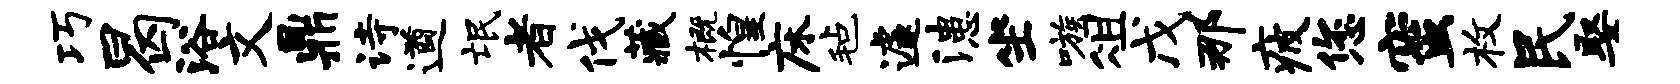
巧曷浴文鼎诗遒氓者伐藏概惶床毡遽漶坐嗾俎戊那疲您蜜枚民娶